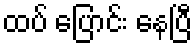
ထပ် ပြောင်း နေပြီ